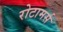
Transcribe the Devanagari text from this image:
रोटामर्स